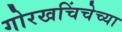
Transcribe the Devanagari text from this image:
गोरखचिंचेच्या